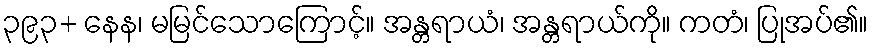
၃၉၃+ နေန၊ မမြင်သောကြောင့်။ အန္တရာယံ၊ အန္တရာယ်ကို။ ကတံ၊ ပြုအပ်၏။